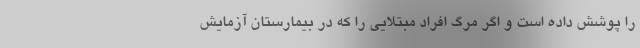
را پوشش داده است و اگر مرگ افراد مبتلایی را که در بیمارستان آزمایش